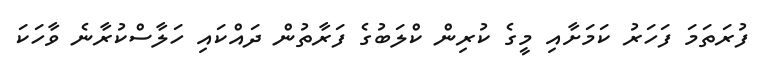
ފުރަތަމަ ފަހަރު ކަމަށާއި މީގެ ކުރިން ކްލަބުގެ ފަރާތުން ދައްކައި ހަލާސްކުރާނެ ވާހަކަ